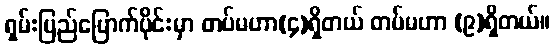
ရှမ်းပြည်မြောက်ပိုင်းမှာ တပ်မဟာ(၄)ရှိတယ် တပ်မဟာ (၉)ရှိတယ်။